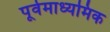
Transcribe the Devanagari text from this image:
पूर्वमाध्यमिक